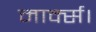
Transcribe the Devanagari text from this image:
मार्क्स।